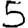
Digit: 5